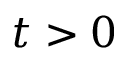
t > 0